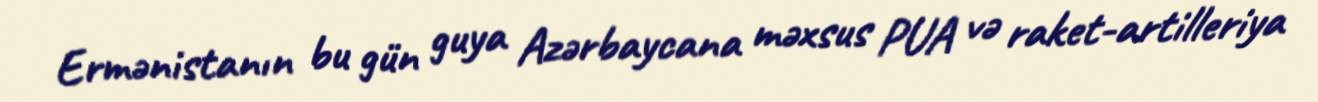
Ermənistanın bu gün guya Azərbaycana məxsus PUA və raket-artilleriya